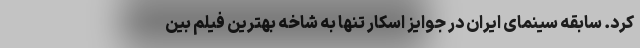
کرد. سابقه سینمای ایران در جوایز اسکار تنها به شاخه بهترین فیلم بین